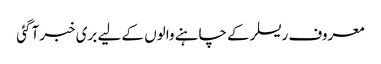
معروف ریسلر کے چاہنے والوں کے لیے بری خبر آگئی